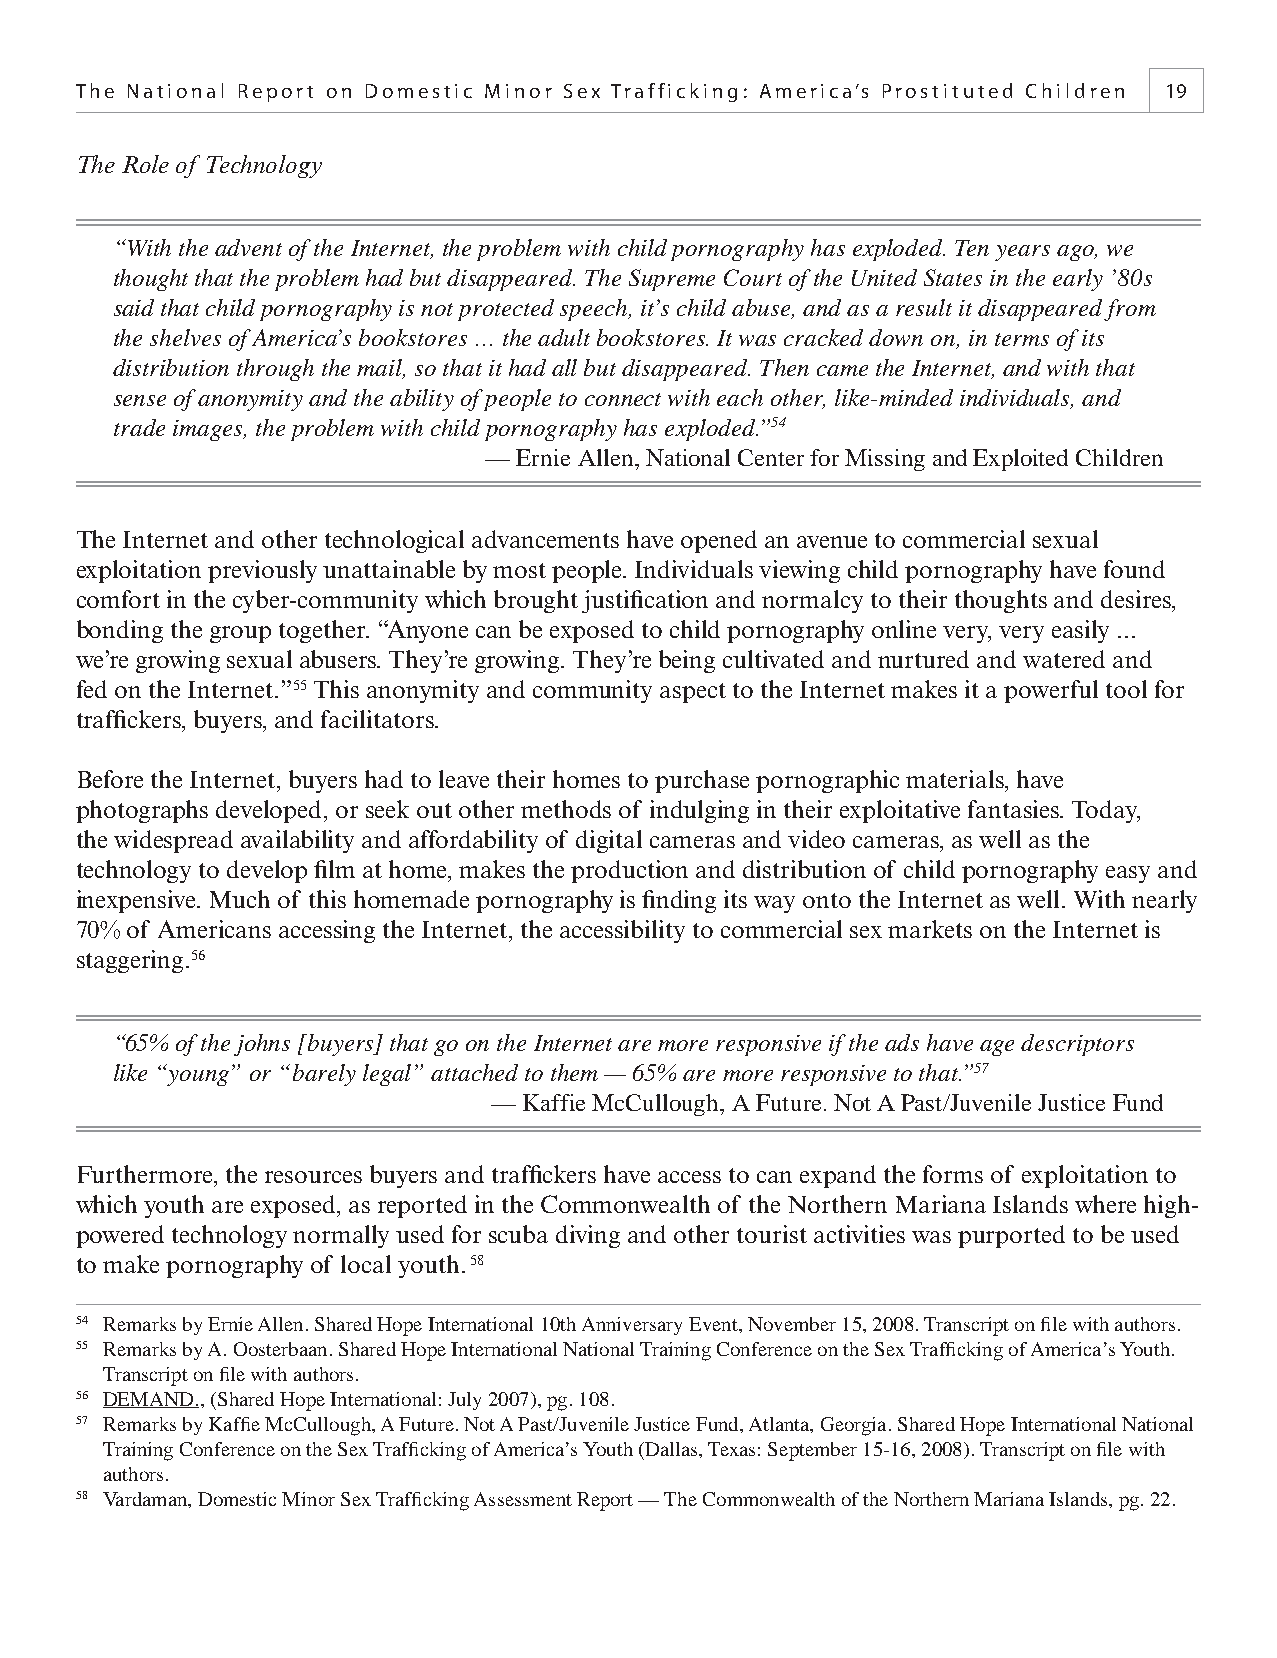
The National Report on Domestic Minor Sex Trafficking: America’s Prostituted Children 19
 The Role of Technology
 “With the advent of the Internet, the problem with child pornography has exploded. Ten years ago, we
 thought that the problem had but disappeared. The Supreme Court of the United States in the early ’80s
 said that child pornography is not protected speech, it’s child abuse, and as a result it disappeared from
 the shelves of America’s bookstores … the adult bookstores. It was cracked down on, in terms of its
 distribution through the mail, so that it had all but disappeared. Then came the Internet, and with that
 sense of anonymity and the ability of people to connect with each other, like-minded individuals, and
 trade images, the problem with child pornography has exploded.”54
 — Ernie Allen, National Center for Missing and Exploited Children
 The Internet and other technological advancements have opened an avenue to commercial sexual
 exploitation previously unattainable by most people. Individuals viewing child pornography have found
 comfort in the cyber-community which brought justifi cation and normalcy to their thoughts and desires,
 bonding the group together. “Anyone can be exposed to child pornography online very, very easily ...
 we’re growing sexual abusers. They’re growing. They’re being cultivated and nurtured and watered and
 fed on the Internet.”55 This anonymity and community aspect to the Internet makes it a powerful tool for
 traffi ckers, buyers, and facilitators.
 Before the Internet, buyers had to leave their homes to purchase pornographic materials, have
 photographs developed, or seek out other methods of indulging in their exploitative fantasies. Today,
 the widespread availability and affordability of digital cameras and video cameras, as well as the
 technology to develop fi lm at home, makes the production and distribution of child pornography easy and
 inexpensive. Much of this homemade pornography is fi nding its way onto the Internet as well. With nearly
 70% of Americans accessing the Internet, the accessibility to commercial sex markets on the Internet is
 staggering.56
 “65% of the johns [buyers] that go on the Internet are more responsive if the ads have age descriptors
 like “young” or “barely legal” attached to them — 65% are more responsive to that.”57
 — Kaffie McCullough, A Future. Not A Past/Juvenile Justice Fund
 Furthermore, the resources buyers and traffi ckers have access to can expand the forms of exploitation to
 which youth are exposed, as reported in the Commonwealth of the Northern Mariana Islands where high-
 powered technology normally used for scuba diving and other tourist activities was purported to be used
 to make pornography of local youth. 58
 54 Remarks by Ernie Allen. Shared Hope International 10th Anniversary Event, November 15, 2008. Transcript on fi le with authors.
 55 Remarks by A. Oosterbaan. Shared Hope International National Training Conference on the Sex Traffi cking of America’s Youth.
 Transcript on fi le with authors.
 56 DEMAND., (Shared Hope International: July 2007), pg. 108.
 57 Remarks by Kaffi e McCullough, A Future. Not A Past/Juvenile Justice Fund, Atlanta, Georgia. Shared Hope International National
 Training Conference on the Sex Traffi cking of America’s Youth (Dallas, Texas: September 15-16, 2008). Transcript on fi le with
 authors.
 58 Vardaman, Domestic Minor Sex Traffi cking Assessment Report — The Commonwealth of the Northern Mariana Islands, pg. 22.